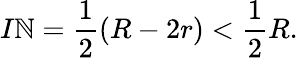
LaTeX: I\mathbb{N}={\frac{{1}}{{2}}}(R-2r)<{\frac{{1}}{{2}}}R.